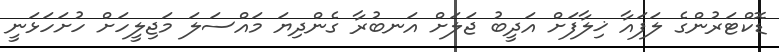
ޑޮކްޓަރުންގެ ލަފައާ ޚިލާފަށް އަދީބު ޖަލަށް އަނބުރާ ގެންދިޔަ މައްސަލަ މަޖިލީހަށް ހުށަހަޅަނީ